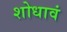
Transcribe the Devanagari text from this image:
शोधावं